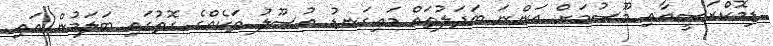
ޑިމޮކްރަސީއާއި މޫސުމަށް އަންނަ ބަދަލުތައް މައިގަނޑު އުސޫލު ތަކެއްގެ ގޮތުގައި ބަލަމުން އައި